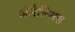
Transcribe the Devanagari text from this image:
ऑरेलिअस